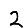
Digit: 2